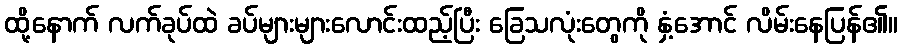
ထို့နောက် လက်ခုပ်ထဲ ခပ်များများလောင်းထည့်ပြီး ခြေသလုံးတွေကို နှံ့အောင် လိမ်းနေပြန်၏။